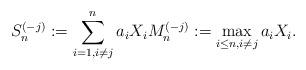
LaTeX: \begin{align*} S_n^{(-j)} := \sum_{i=1, i \neq j}^n a_i X_i M_n^{(-j)} := \max_{i \leq n, i \neq j} a_i X_i.\end{align*}